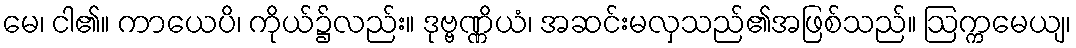
မေ၊ ငါ၏။ ကာယေပိ၊ ကိုယ်၌လည်း။ ဒုဗ္ဗဏ္ဏိယံ၊ အဆင်းမလှသည်၏အဖြစ်သည်။ ဩက္ကမေယျ၊